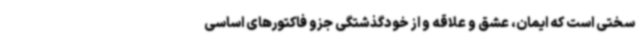
سختی است که ایمان، عشق و علاقه و از خودگذشتگی جزو فاکتورهای اساسی